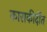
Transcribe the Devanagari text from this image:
काराकीर्दीत